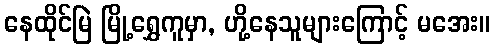
နေထိုင်မြဲ မြို့ရွှေကူမှာ, ဟို့နေသူများကြောင့် မအေး။